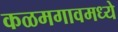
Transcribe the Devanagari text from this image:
कळमगावमध्ये